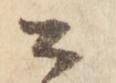
公